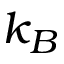
k _ { B }